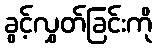
ခွင့်လွှတ်ခြင်းကို